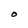
Character: O